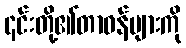
၎င်းတို့၏တာဝန်များကို